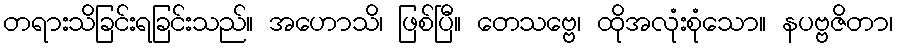
တရားသိခြင်းရခြင်းသည်။ အဟောသိ၊ ဖြစ်ပြီ။ တေသဗ္ဗေ၊ ထိုအလုံးစုံသော။ နပဗ္ဗဇိတာ၊